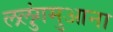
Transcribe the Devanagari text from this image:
ललुंगमुआना